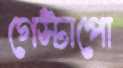
গেস্টাপো